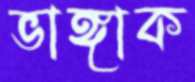
ভাঙ্গাক